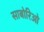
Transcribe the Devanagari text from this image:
साबोरिओ